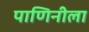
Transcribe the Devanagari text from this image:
पाणिनीला